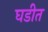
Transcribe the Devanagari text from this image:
घडीत